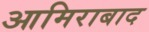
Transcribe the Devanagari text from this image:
आमिराबाद